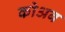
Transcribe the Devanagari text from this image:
कोअब